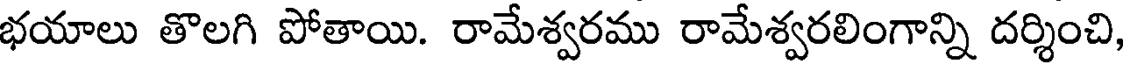
భయాలు తొలగి పోతాయి. రామేశ్వరము రామేశ్వరలింగాన్ని దర్శించి